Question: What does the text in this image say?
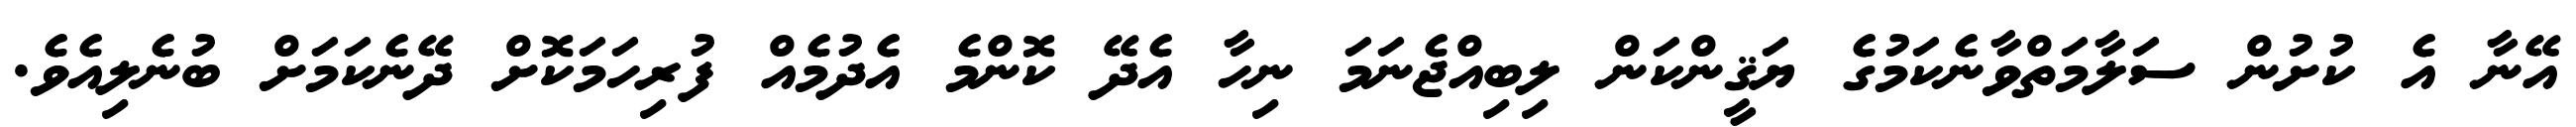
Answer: އޭނާ އެ ކުށުން ސަލާމަތްވާނެކަމުގެ ޔަޤީންކަން ލިބިއްޖެނަމަ ނިހާ އެދޭ ކޮންމެ އެދުމެއް ފުރިހަމަކޮށް ދޭނެކަމަށް ބުނެލިއެވެ.